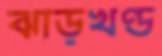
ঝাড়খণ্ড